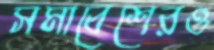
সমাবেশেরও